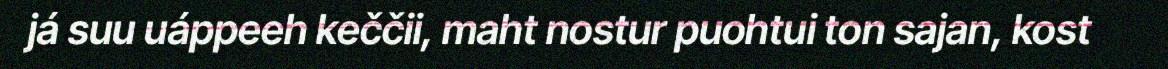
já suu uáppeeh keččii, maht nostur puohtui ton sajan, kost